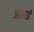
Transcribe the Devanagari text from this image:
आढाई